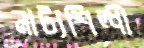
নাট্যশিল্পী